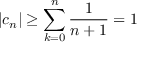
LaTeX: | c _ { n } | \geq \sum _ { k = 0 } ^ { n } { \frac { 1 } { n + 1 } } = 1